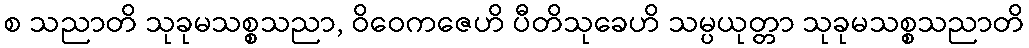
စ သညာတိ သုခုမသစ္စသညာ, ဝိဝေကဇေဟိ ပီတိသုခေဟိ သမ္ပယုတ္တာ သုခုမသစ္စသညာတိ